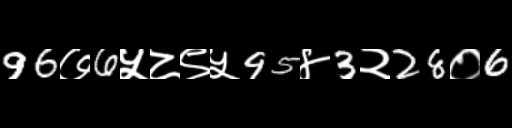
Text: 96७6५८९५95४3२28०6